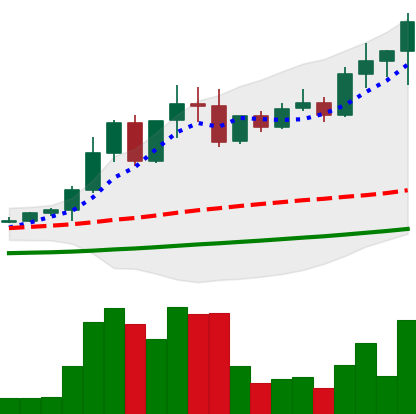
Ticker: EOS-USD
Chart end date: 2021-04-16
Forward return: -25.621%
Label: down_7plus